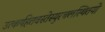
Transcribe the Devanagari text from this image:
उत्कर्षहेतवस्तेस्युरचलस्थितयो